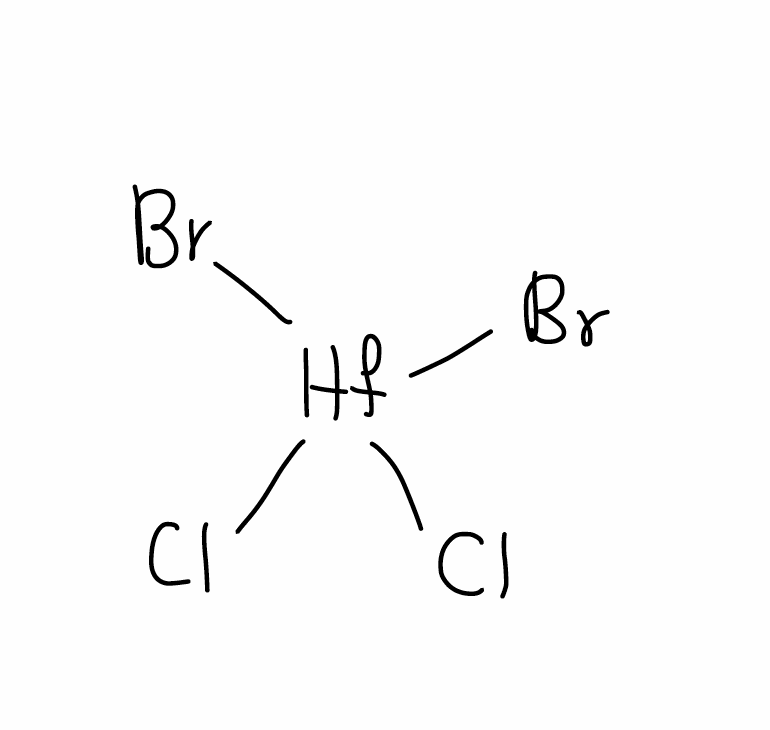
Simplified molecular-input line-entry system (SMILES) notation of the given molecule:
Cl[Hf](Cl)(Br)Br